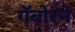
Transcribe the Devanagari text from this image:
गॅबोरने